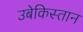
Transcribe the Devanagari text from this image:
उबेकिस्तान